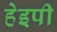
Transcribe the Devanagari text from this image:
हेइपी